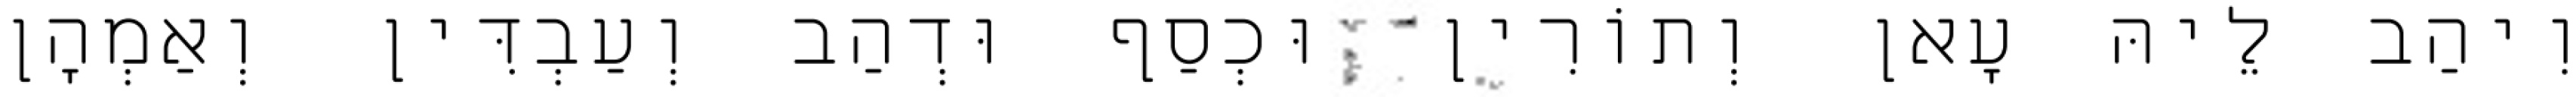
וִיהַב לֵיהּ עָאן וְתוֹרִין וּכְסַף וּדְהַב וְעַבְדִּין וְאַמְהָן